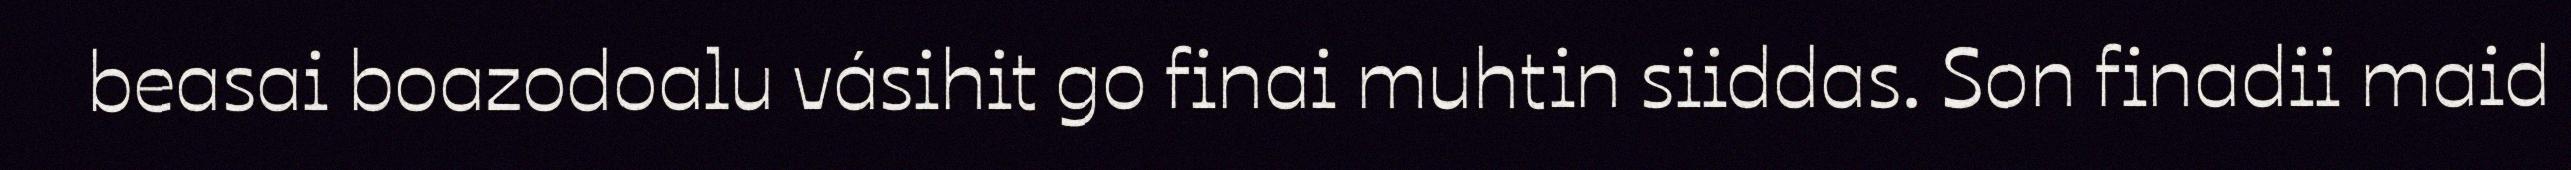
beasai boazodoalu vásihit go finai muhtin siiddas. Son finadii maid